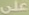
على